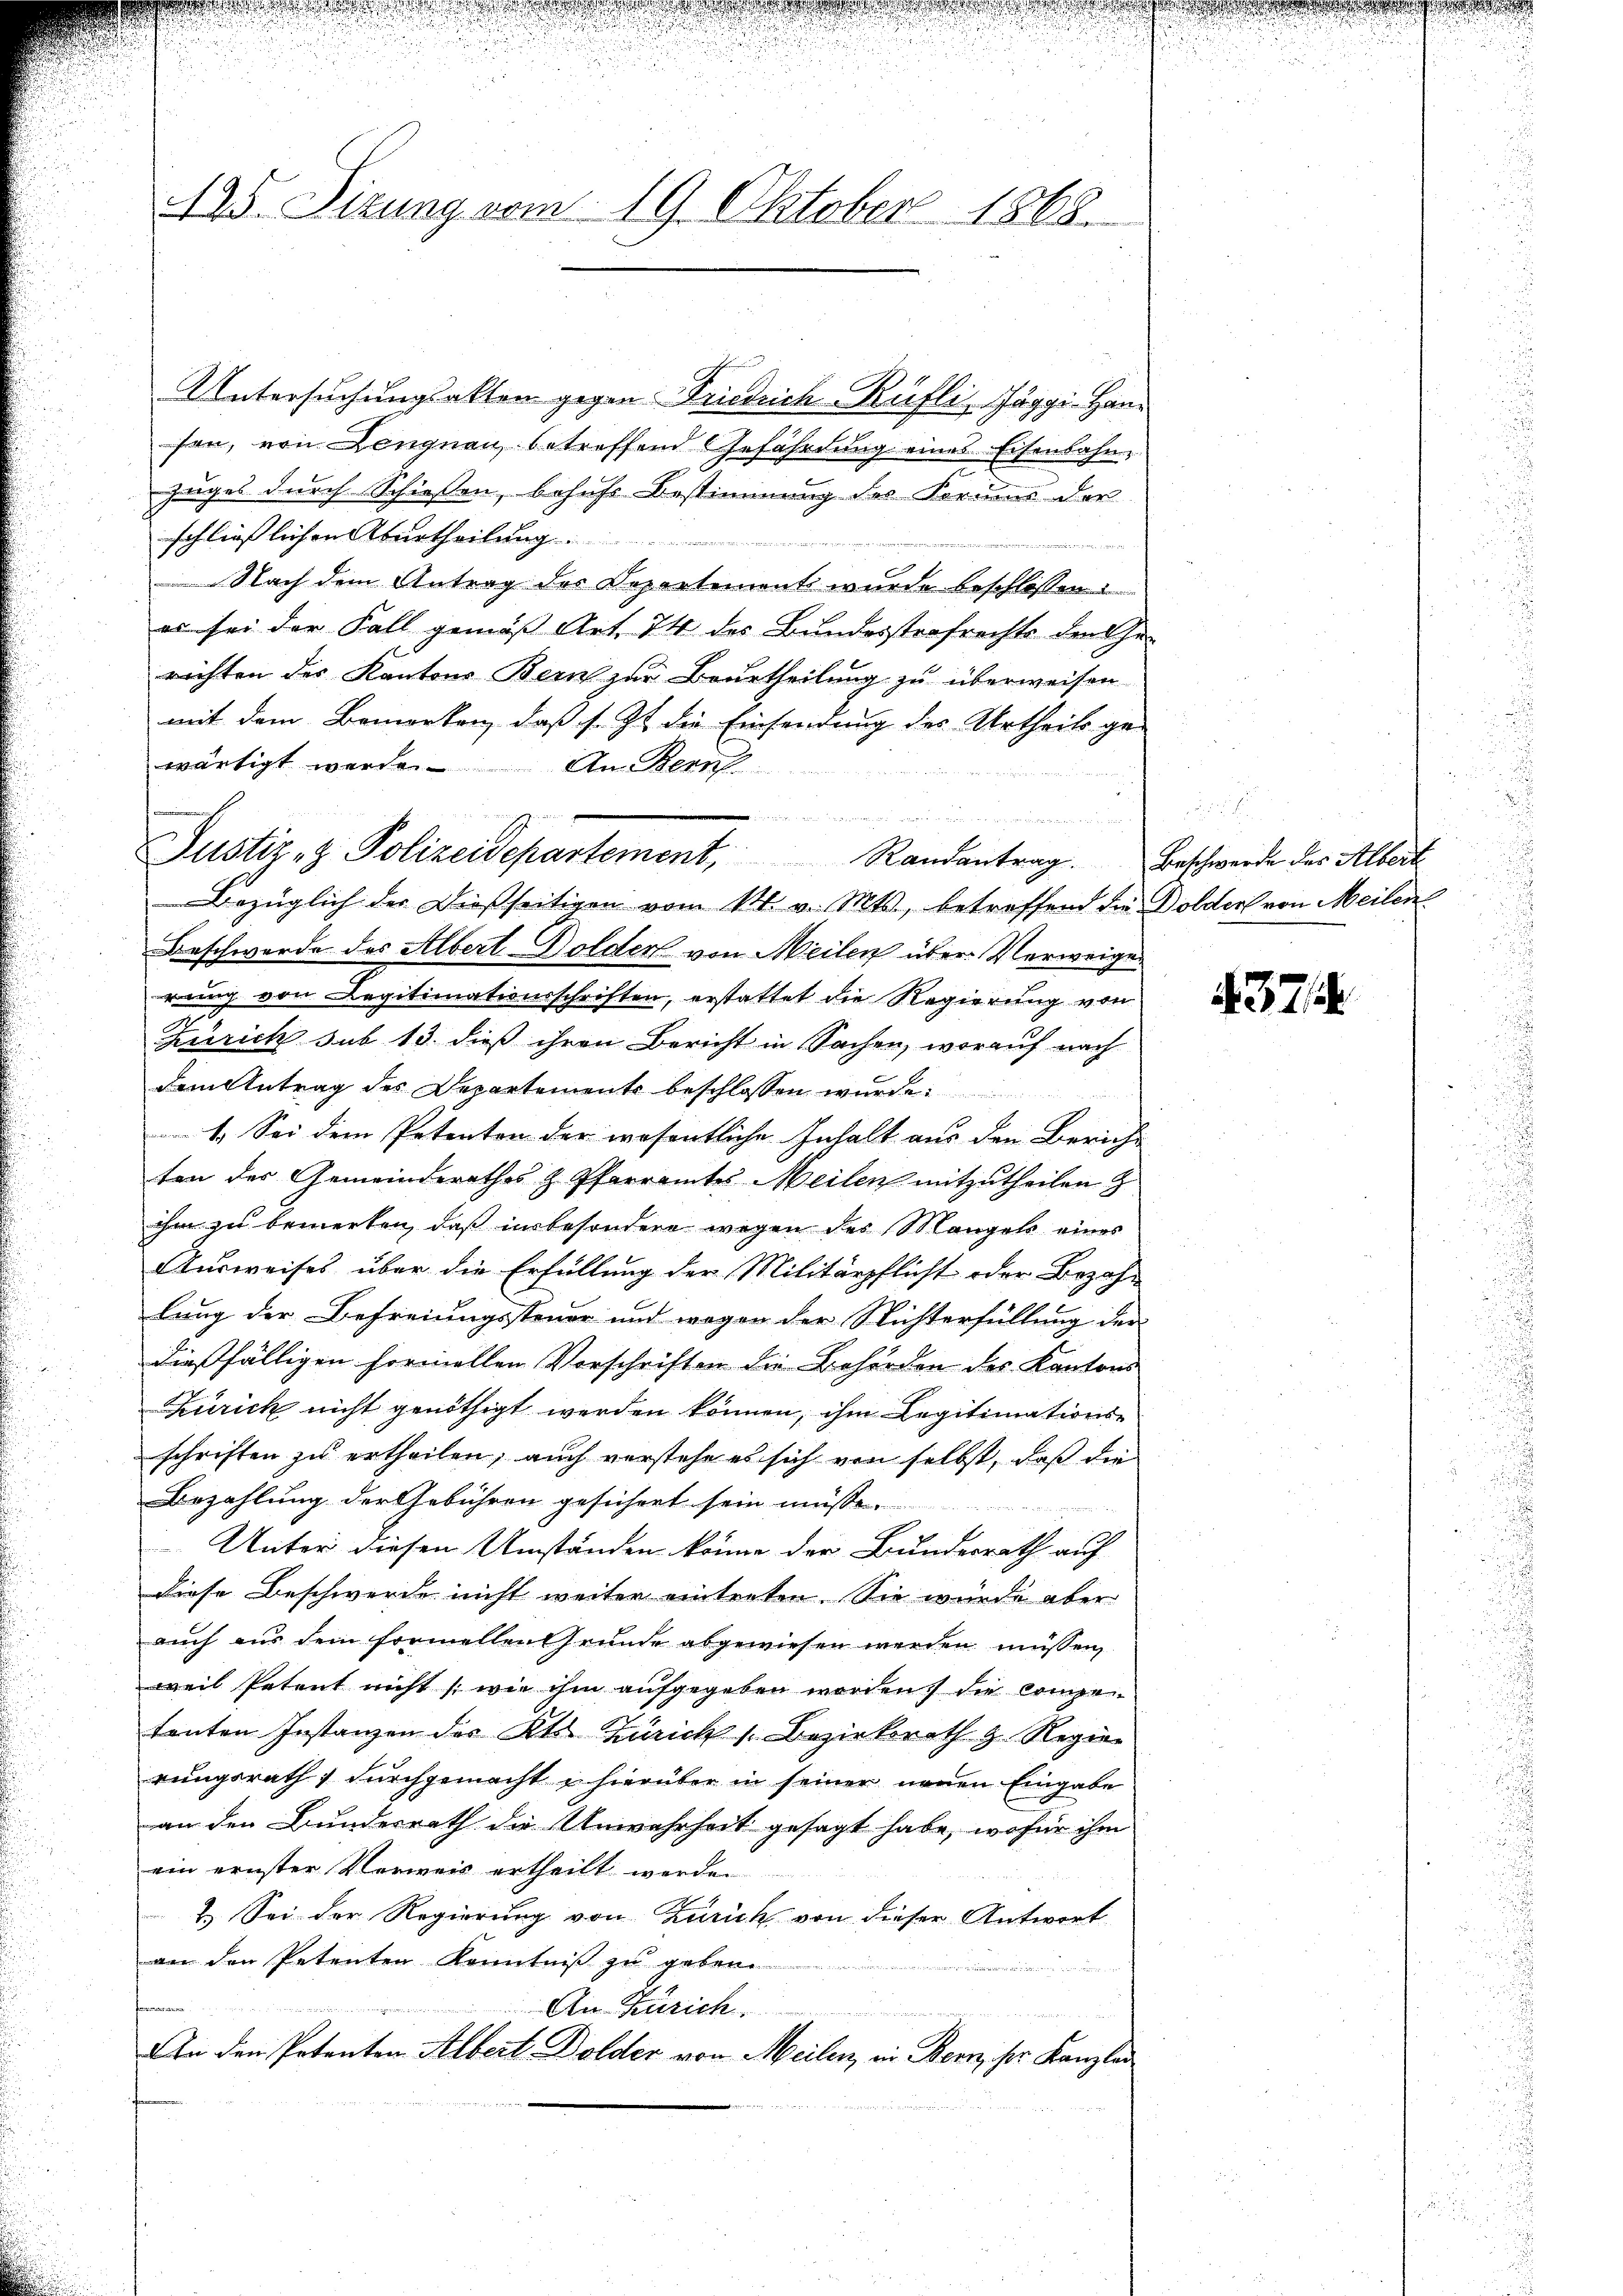
425. Sizung vom 19. Oktober 1868.

s f
Justiz- & Polizeidepartement, Randantrag. Beschwerde des Albert

Untersuchungsakten gegen Friedrich Rüfli, Jäggi-Hand
son, von Lengnau betreffend Gefährdung eines Eisenbahn-
zuges durch Schiessen, behufs Bestimmung des Ferius der
schließlichen Aburtheilung .................
Nach dem Antrag des Departement wurde beschlossen:
es sei der Fall gemäß Art. 74 des Bundesstrafrechts der Gerichten des Kantons Bern zur Beurtheilung zu überweisen
mit dem Bemerken, daß s. Zt. die Einsendung des Urtheils ge-
wärtigt werde. An Beruf
n
Bezüglich der dießseitigen vom 11. v. Mts., betreffend die Dolder von Meilen
Beschwerde des Albert Dolder von Meilen über Verweigen
rung von Legitimationsschriften, erstattet die Regierung von
2
Zürich sub 13. dieß ihren Bericht in Sachen, worauf nach
dem Antrag des Departements beschlossen wurde.
1. Sei dem Petenten der wesentliche Inhalt aus den Bericht
ten des Gemeinderathes & Pfarramtes Meilen mitzutheilen &
ihm zu bemerken, daß insbesondere wegen des Mangels eines
Ausweises über die Erfüllung der Militärpflicht oder Bezahlang der Befreiungssteuer und wogen der Stichterfüllung der
dießfälligen Formellen Vorschriften die Behörden des Kantons
Zürich nicht genöthigt werden können, ihm Legitimationsschriften zu ertheilen, auch verstehe es sich von selbst, daß die
Bezahlung der Gebühren gesichert sein müsse
Unter diesen Umständen könne der Bundesrath auf
diese Beschwerde nicht weiter eintreten. Sie wurde aber
auch aus dem formellen Grunde abgewiesen werden müssen,
weil Petent nicht (wie ihm aufgegeben worden, die Competenten Instanzen des Kts. Zürich 1. Bezirksrath & Regier
rungsrath durchgemacht, hierüber in seiner neuen Eingabe
an den Bunderrath die Unwahrheit gesagt habe, wofür ihm
ein ernster Verweis ertheilt werden
2. Sei der Regierung von Zürich von dieser Antwort
von den Petenten Kenntniß zu geben.

An Zürich.
An den Petenten Albert Dolder von Meilen, in Bern, ser Kanzlei

437/